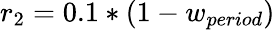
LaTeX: {r_{2}}=0.1*(1-{w_{period}})